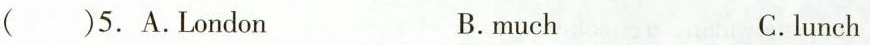
( )5.A.London B.much C.lunch